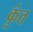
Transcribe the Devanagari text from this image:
कुंत